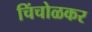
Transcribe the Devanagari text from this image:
चिंचोळकर